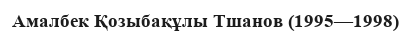
Амалбек Қозыбақұлы Тшанов (1995—1998)